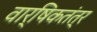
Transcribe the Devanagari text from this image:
वार्षिकतंत्र